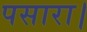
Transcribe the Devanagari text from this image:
पसारा।